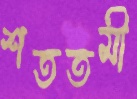
শততমী